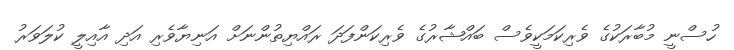
ހުސްނީ މުބާރަކުގެ ވެރިކަމަކީވެސް ބައްޝާރުގެ ވެރިކަންފަދަ ރައްޔިތުންނަށް އަނިޔާވެރި އަދި އާއިލީ ކުލަވަރު